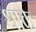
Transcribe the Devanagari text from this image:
धाके